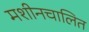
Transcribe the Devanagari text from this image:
मशीनचालित